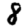
Digit: 8